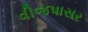
વીજપાસર